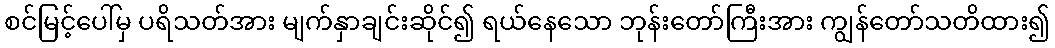
စင်မြင့်ပေါ်မှ ပရိသတ်အား မျက်နှာချင်းဆိုင်၍ ရယ်နေသော ဘုန်းတော်ကြီးအား ကျွန်တော်သတိထား၍